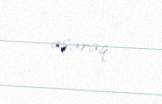
aşaraq.